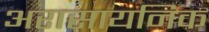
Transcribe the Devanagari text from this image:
अरासायनिक